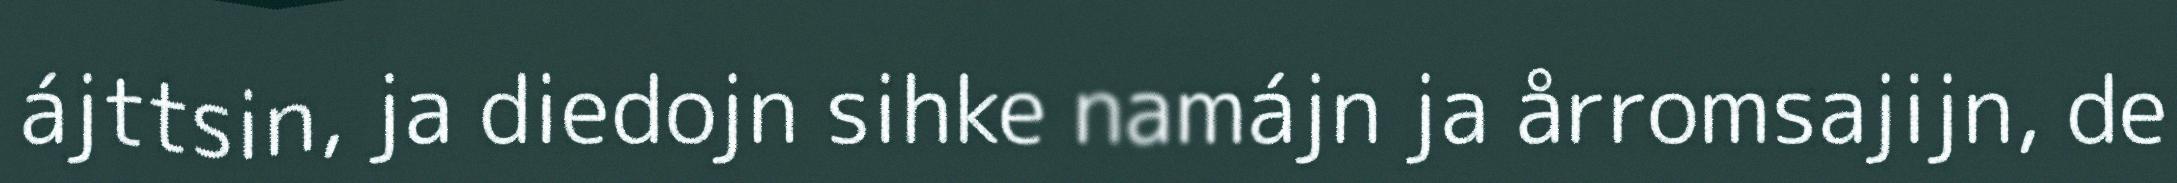
ájttsin, ja diedojn sihke namájn ja årromsajijn, de